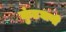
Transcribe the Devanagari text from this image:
कुंडघानी